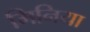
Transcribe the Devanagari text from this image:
मिनिया